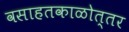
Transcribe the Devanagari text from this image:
वसाहतकाळोत्तर